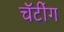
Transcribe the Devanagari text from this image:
चॅटींग